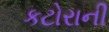
કટોરાની